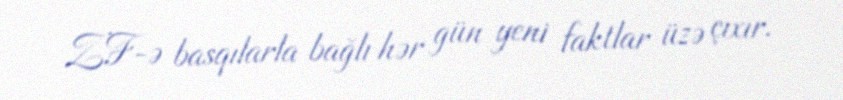
ZF-ə basqılarla bağlı hər gün yeni faktlar üzə çıxır.